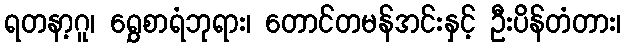
ရတနာ့ဂူ၊ ရွှေစာရံဘုရား၊ တောင်တမန်အင်းနှင့် ဦးပိန်တံတား၊